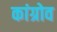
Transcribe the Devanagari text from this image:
कांग्रोव